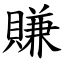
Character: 賺